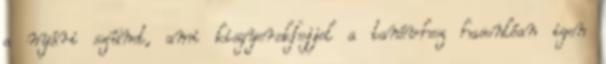
a nyári szünet, ami kisgyerekfejjel a tanévhez hasonlóan igen